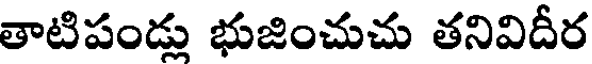
తాటిపండ్లు భుజించుచు తనివిదీర